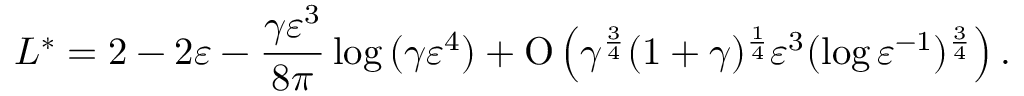
L ^ { \ast } = 2 - 2 \varepsilon - \frac { \gamma \varepsilon ^ { 3 } } { 8 \pi } \log { ( \gamma \varepsilon ^ { 4 } ) } + \ensuremath { \operatorname { O } \left( \gamma ^ { \frac { 3 } { 4 } } ( 1 + \gamma ) ^ { \frac { 1 } { 4 } } \varepsilon ^ { 3 } ( \log { \varepsilon ^ { - 1 } } ) ^ { \frac { 3 } { 4 } } \right) } .